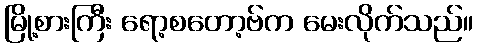
မြို့စားကြီး ရော့စတော့ဗ်က မေးလိုက်သည်။